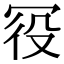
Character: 𠖊